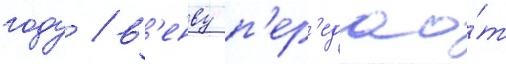
году / в'енву п'ер'едао́т